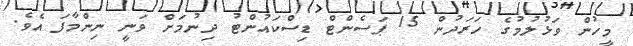
މީހުން ވަޅުލުމުގެ ހަރަދުން 15 ޕަސެންޓް ޑިސްކައުންޓު ދިނުމަށް ވަނީ ނިންމާފަ އެވެ.